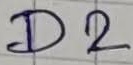
Text: D2